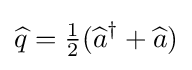
{\widehat {q}}={\tfrac {1}{2}}({\widehat {a}}^{\dagger }+{\widehat {a}})